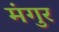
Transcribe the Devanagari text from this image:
मंगुर